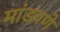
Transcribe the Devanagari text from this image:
मांडवणे